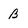
Character: B